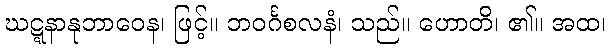
ဃဋ္ဋနာနုဘာဝေန၊ ဖြင့်။ ဘဝင်္ဂစလနံ၊ သည်။ ဟောတိ၊ ၏။ အထ၊